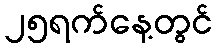
၂၅ရက်နေ့တွင်